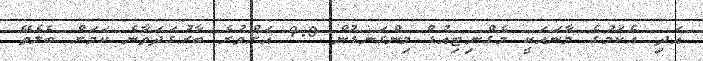
އަދި އެކަމުގެ މާނައަކީ މެގްނިޓިއުޑް މިންގަނޑުން 9.0 އަށްވުރެ ބާރުގަދަވާނެ ކަމަށް ބެލެވޭ